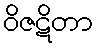
ဝိဇဋိတာ